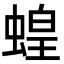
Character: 蝗